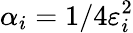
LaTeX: \alpha_{i}=1/4\varepsilon_{i}^{2}